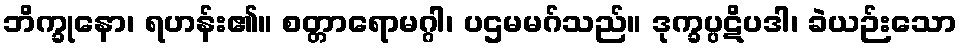
ဘိက္ခုနော၊ ရဟန်း၏။ စတ္တာရောမဂ္ဂါ၊ ပဌမမဂ်သည်။ ဒုက္ခပ္ပဋိပဒါ၊ ခဲယဉ်းသော